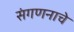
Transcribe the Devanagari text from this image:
संगणनाचे